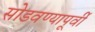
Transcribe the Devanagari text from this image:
सोडवण्यापूर्वी